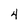
Character: 4